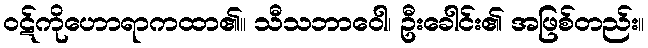
ဝဋ်ကိုဟောရာကထာ၏။ သီသဘာဝေါ၊ ဦးခေါင်း၏ အဖြစ်တည်း။